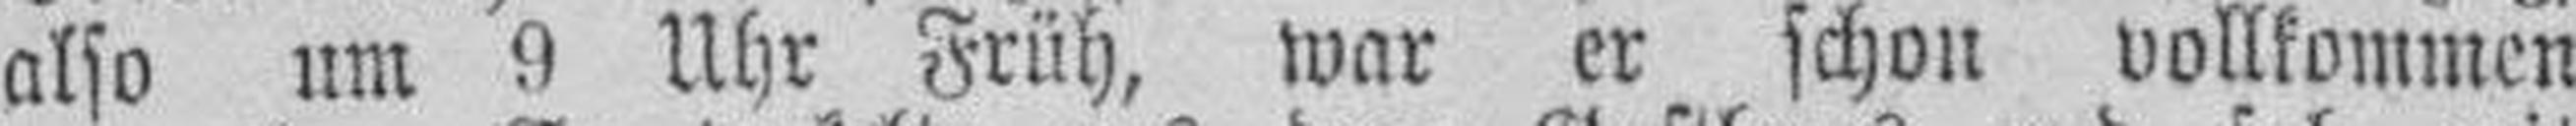
also um 9 Uhr Früh, war er schon vollkommen